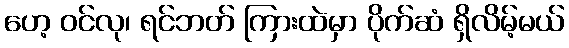
ဟေ့ ဝင်လု၊ ရင်ဘတ် ကြားထဲမှာ ပိုက်ဆံ ရှိလိမ့်မယ်